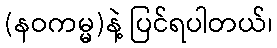
(နဝကမ္မ)နဲ့ ပြင်ရပါတယ်၊